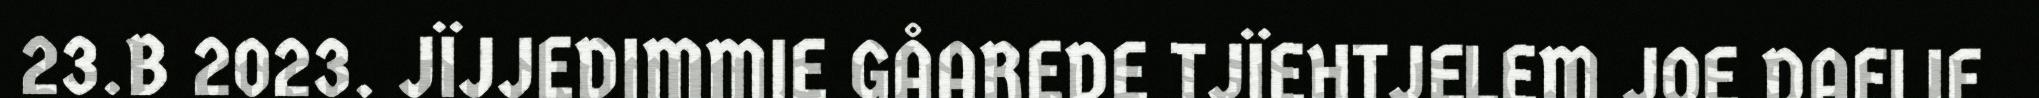
23.B 2023. JÏJJEDIMMIE GÅAREDE TJÏEHTJELEM JOE DAELIE